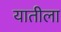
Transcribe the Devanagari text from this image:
यातीला